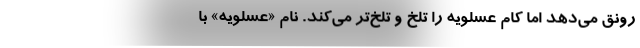
رونق می‌دهد امّا کام عسلویه را تلخ و تلخ‌تر می‌کند. نام «عسلویه» با